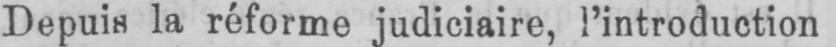
Depuis la réforme judiciaire, l’introduction